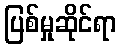
ပြစ်မှုဆိုင်ရာ